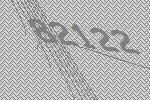
82122